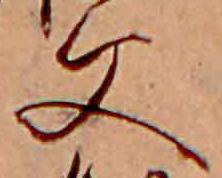
父